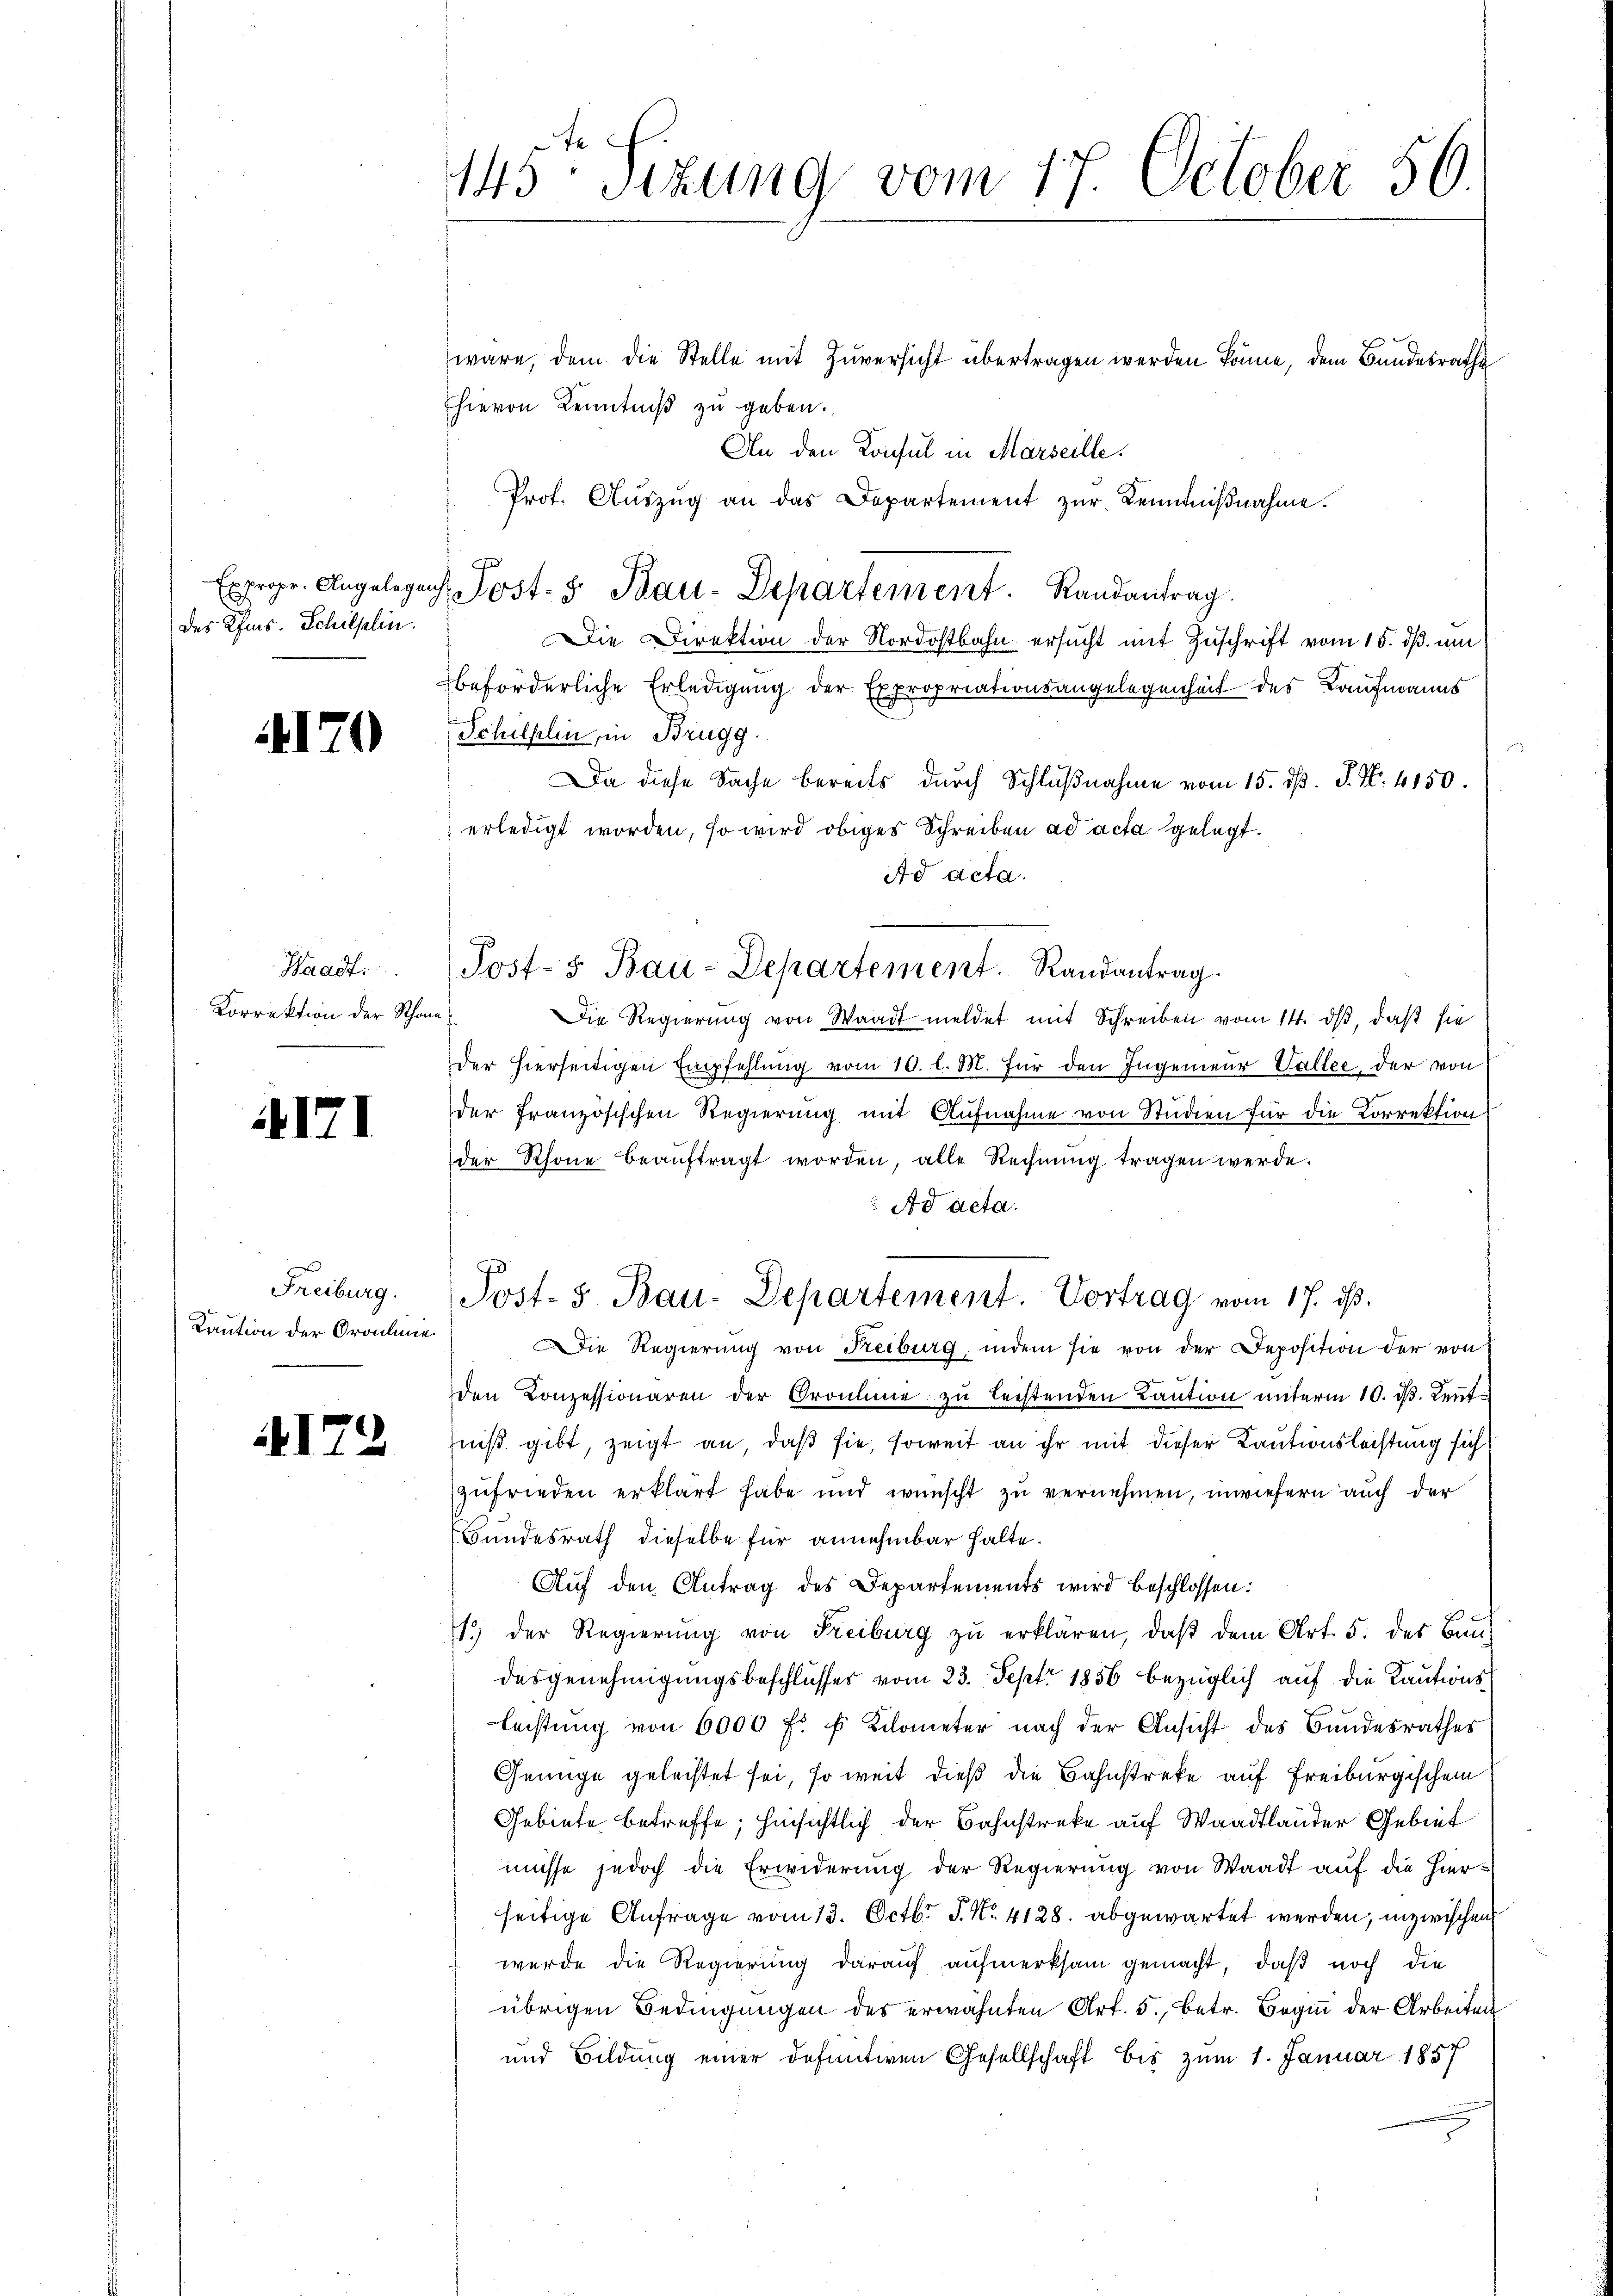
des Pfins. Schilflin.

4170

Waadt:
Korrektion der Schanz

4171

Freiburg.
Kaution der Orachmie

172

145 Sizung vom 17. October 56

wäre, dem die Stelle mit Zuversicht übertragen werden könne, dem Bundesrathe
hievon Kenntniß zu geben.
An den Konsul in Marseille.
Prot. Aŭszŭg an das Departement zŭr Kenntniβnahme.
Die Direktion der Nordostbahn ersucht mit Zuschrift vom 15. dß. um
beförderliche Erledigung der Expropriationsangelegenheit des Kaufmanns
Schilflin, in Brugg.
Da diese Sache bereits durch Schlußnahme vom 15. d. J. N. 4150.
erledigt worden, so wird obiges Schreiben ad acta gelegt.
Ad acta.
Die Regierŭng von Waadt meldet mit Schreiben vom 14. ds, daß sie
der hierseitigen Empfehlung vom 10. l. M. für den Ingenieur Vallee, der von
der französischen Regierung mit Aufnahme von Studien für die Korrektion
der Rhone beaŭftragt worden alle Rechnung tragen werde.
Ad acta.
Post- 5. Bau-Departement. Vortrag vom 17. ds.
ie Regierŭng von Freiburg, indem sie von der Deposition der von
den Conzessionären der Oranhine zŭ leistenden Kaŭtion ŭnterm 10. dβ. Leut
niß gibt, zeigt an, daß sie, soweit an ihr mit dieser Kautionsleistung sich
zufrieden erklärt habe und wünscht zu vernehmen, inwiefern auch der
Bundesrath dieselbe für annehmbar halte.
Auf den Antrag des Departements wird beschlossen:
1.) der Regierŭng von Freiburg zŭ erklären, daβ dem Art. 5. der Bau-
desgenehmigungsbeschlusses vom 23. Sept. 1856 bezüglich auf die Kautions-
leistŭng von 6000 fr f Kilometer nach der Ansicht des Bundesrathes
Genüge geleistet sei, so weit dieß die Bahnstreke auf Freiburgischen
Gebiete betreffe; hinsichtlich der Bahnstreke auf Waadtländer Gebiet
müsse jedoch die Erwiderung der Regierung von Waadt auf die hierseitige Anfrage vom 13. Octbr. J. No. 4128. abgewartet werden, inzwischen
wurde die Regierung darauf aufmerksam gemacht, daß noch die
übrigen Bedingungen des erwähnten Art. 5. betr. Beginn der Arbeiten
und Bildung einer definitiven Gesellschaft bis zum 1. Januar 1857

Expropr. Angelegen Post- u. Bau-Departement. Randantrag.

Post- & Bau-Departement. Randantrag.